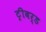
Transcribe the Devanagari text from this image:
ट्रीबर्ड